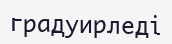
градуирледі